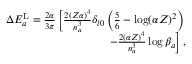
\begin{array} { r } { \Delta E _ { a } ^ { \mathrm { L } } = \frac { 2 \alpha } { 3 \pi } \left[ \frac { 2 ( Z \alpha ) ^ { 4 } } { n _ { a } ^ { 3 } } \delta _ { l 0 } \left( \frac { 5 } { 6 } - \log ( \alpha Z ) ^ { 2 } \right) \right. } \\ { \left. - \frac { 2 ( \alpha Z ) ^ { 4 } } { n _ { a } ^ { 3 } } \log \beta _ { a } \right] , } \end{array}